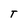
Character: T